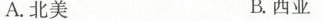
A.北美 B.西亚